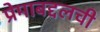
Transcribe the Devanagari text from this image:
प्रेमाबद्दलची